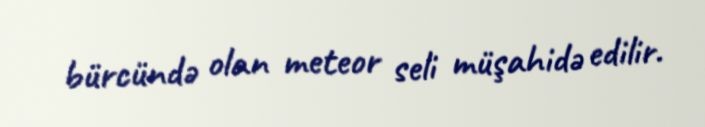
bürcündə olan meteor seli müşahidə edilir.